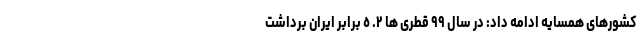
کشورهای همسایه ادامه داد: در سال ٩٩ قطری ها ٢. ٥ برابر ایران برداشت